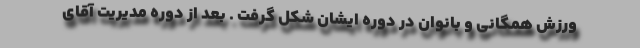
ورزش همگانی و بانوان در دوره ایشان شکل گرفت . بعد از دوره مدیریت آقای